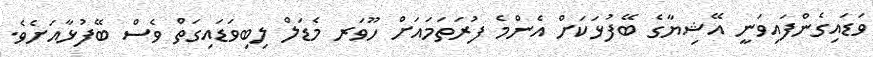
ވަޑައިގެންފައިވަނީ އޭޝިޔާގެ ބޭފުޅަކަށް އެންމެ ފުރަތަމައަށް ހޫވަރ މެޑަލް ލިބިވަޑައިގަތް ވެސް ބޭފުޅާއަށެވެ.